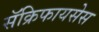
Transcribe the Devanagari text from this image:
सॅक्रिफायसेस